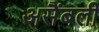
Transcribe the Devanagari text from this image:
असैंबली